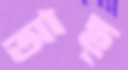
আছ্